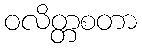
ဝလိတ္တစတာ